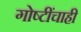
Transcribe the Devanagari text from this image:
गोष्टींचाही